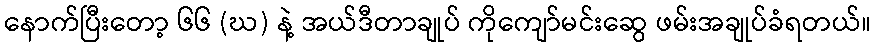
နောက်ပြီးတော့ ၆၆ (ဃ) နဲ့ အယ်ဒီတာချုပ် ကိုကျော်မင်းဆွေ ဖမ်းအချုပ်ခံရတယ်။